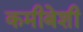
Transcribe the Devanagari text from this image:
कमीबेशी